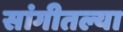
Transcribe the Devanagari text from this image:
सांगीतल्या